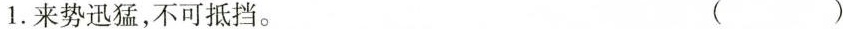
1.来势迅猛，不可抵挡。( )